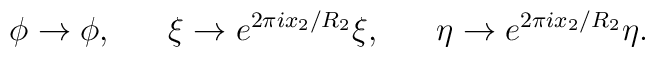
\phi\rightarrow \phi,~~~~~\xi\rightarrow e^{2\pi i x_2/R_2}\xi,~~~~~\eta\rightarrow e^{2\pi i x_2/R_2}\eta.